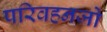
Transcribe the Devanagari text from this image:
परिवहनजो